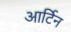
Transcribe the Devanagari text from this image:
आर्टिन